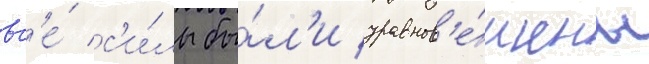
вс'е́ с'и́лы бы́л'и уравнов'е́шены